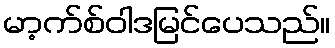
မာ့က်စ်ဝါဒမြင်ပေသည်။